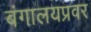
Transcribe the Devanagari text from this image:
बंगालयप्रवर